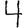
Digit: 4